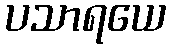
ပသာရယေ